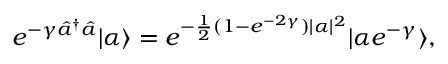
e ^ { - \gamma \hat { a } ^ { \dagger } \hat { a } } | \alpha \rangle = e ^ { - \frac { 1 } { 2 } ( 1 - e ^ { - 2 \gamma } ) | \alpha | ^ { 2 } } | \alpha e ^ { - \gamma } \rangle ,